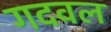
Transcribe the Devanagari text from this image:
गदवल